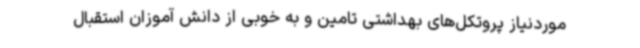
موردنیاز پروتکل‌های بهداشتی تامین و به خوبی از دانش آموزان استقبال